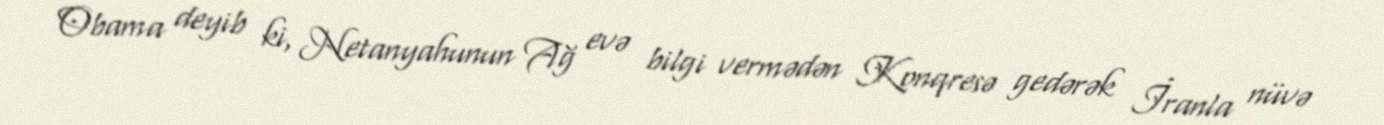
Obama deyib ki, Netanyahunun Ağ evə bilgi vermədən Konqresə gedərək İranla nüvə